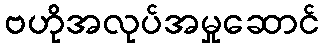
ဗဟိုအလုပ်အမှုဆောင်